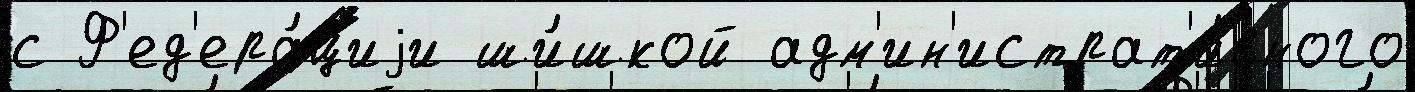
с Ф'ед'ера́циjи ши́шкой адм'ин'истрат'и́вного